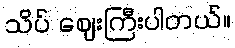
သိပ် ဈေးကြီးပါတယ်။